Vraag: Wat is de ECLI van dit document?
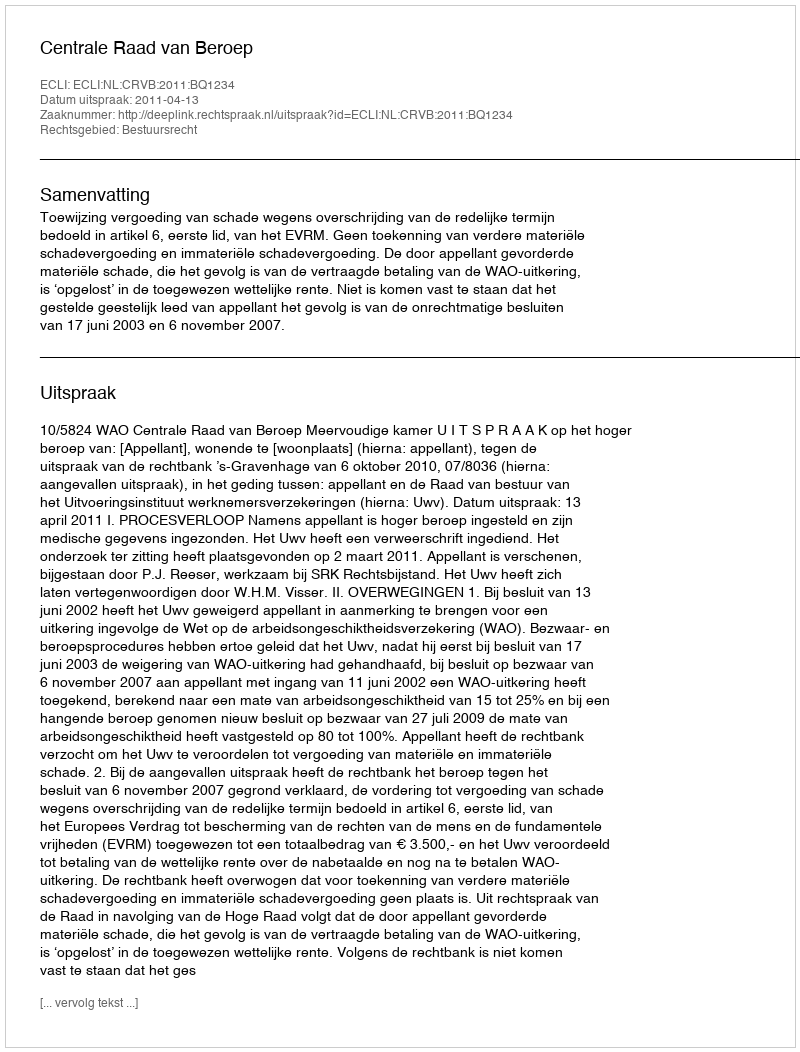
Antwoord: ECLI:NL:CRVB:2011:BQ1234